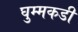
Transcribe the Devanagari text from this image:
घुम्मकडी